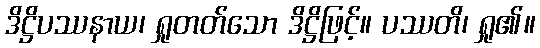
ဒိဋ္ဌိပဿနာယ၊ ရှုတတ်သော ဒိဋ္ဌိဖြင့်။ ပဿတိ၊ ရှု၏။